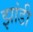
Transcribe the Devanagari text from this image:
झांडी